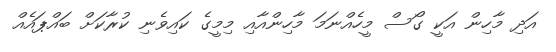
އަދި މާހިން އަކީ ގޯސް މީހެއްނަމަ މާހިންއާއި މިމީގެ ކައިވެނި ކުރާކަށް ބައްޕައެއް